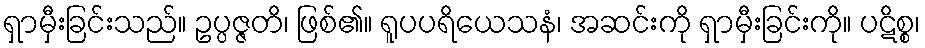
ရှာမှီးခြင်းသည်။ ဥပ္ပဇ္ဇတိ၊ ဖြစ်၏။ ရူပပရိယေသနံ၊ အဆင်းကို ရှာမှီးခြင်းကို။ ပဋိစ္စ၊